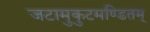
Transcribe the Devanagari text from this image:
जटामुकुटमण्डितम्‌